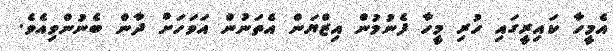
އެމީހާ ކައިރީގައި ހުރި މީހާ ފެނުމުން އިޒްޔަން އެތަނުން އަވަހަށް ދާން ބެނުންވިއެވެ.